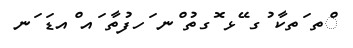
ްތ ަތކާ ުގ ޭޅ ޮގތު ްނ ަހފުތާ ައ ްއޑަ ަނ